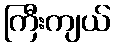
ကြီးကျယ်